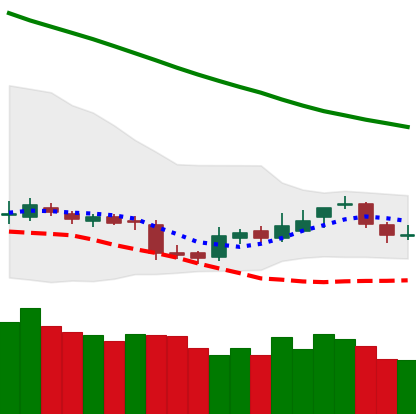
Ticker: BNB-USD
Chart end date: 2018-11-10
Forward return: -14.362%
Label: down_7plus